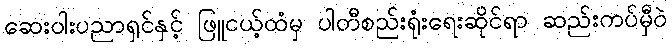
ဆေးဝါးပညာရှင်နှင့် ဖြူငယ့်ထံမှ ပါတီစည်းရုံးရေးဆိုင်ရာ ဆည်းကပ်မှီဝဲ